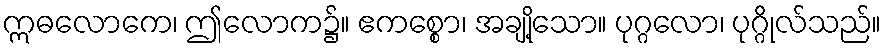
ဣဓလောကေ၊ ဤလောက၌။ ဧကစ္စော၊ အချို့သော။ ပုဂ္ဂလော၊ ပုဂ္ဂိုလ်သည်။